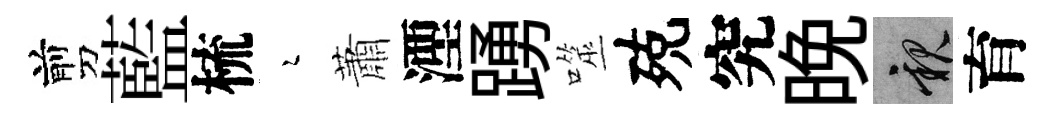
剪藍梳瑟蕭湮踴噬殑究晚親育